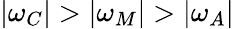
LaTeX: |\omega_{C}|>|\omega_{M}|>|\omega_{A}|